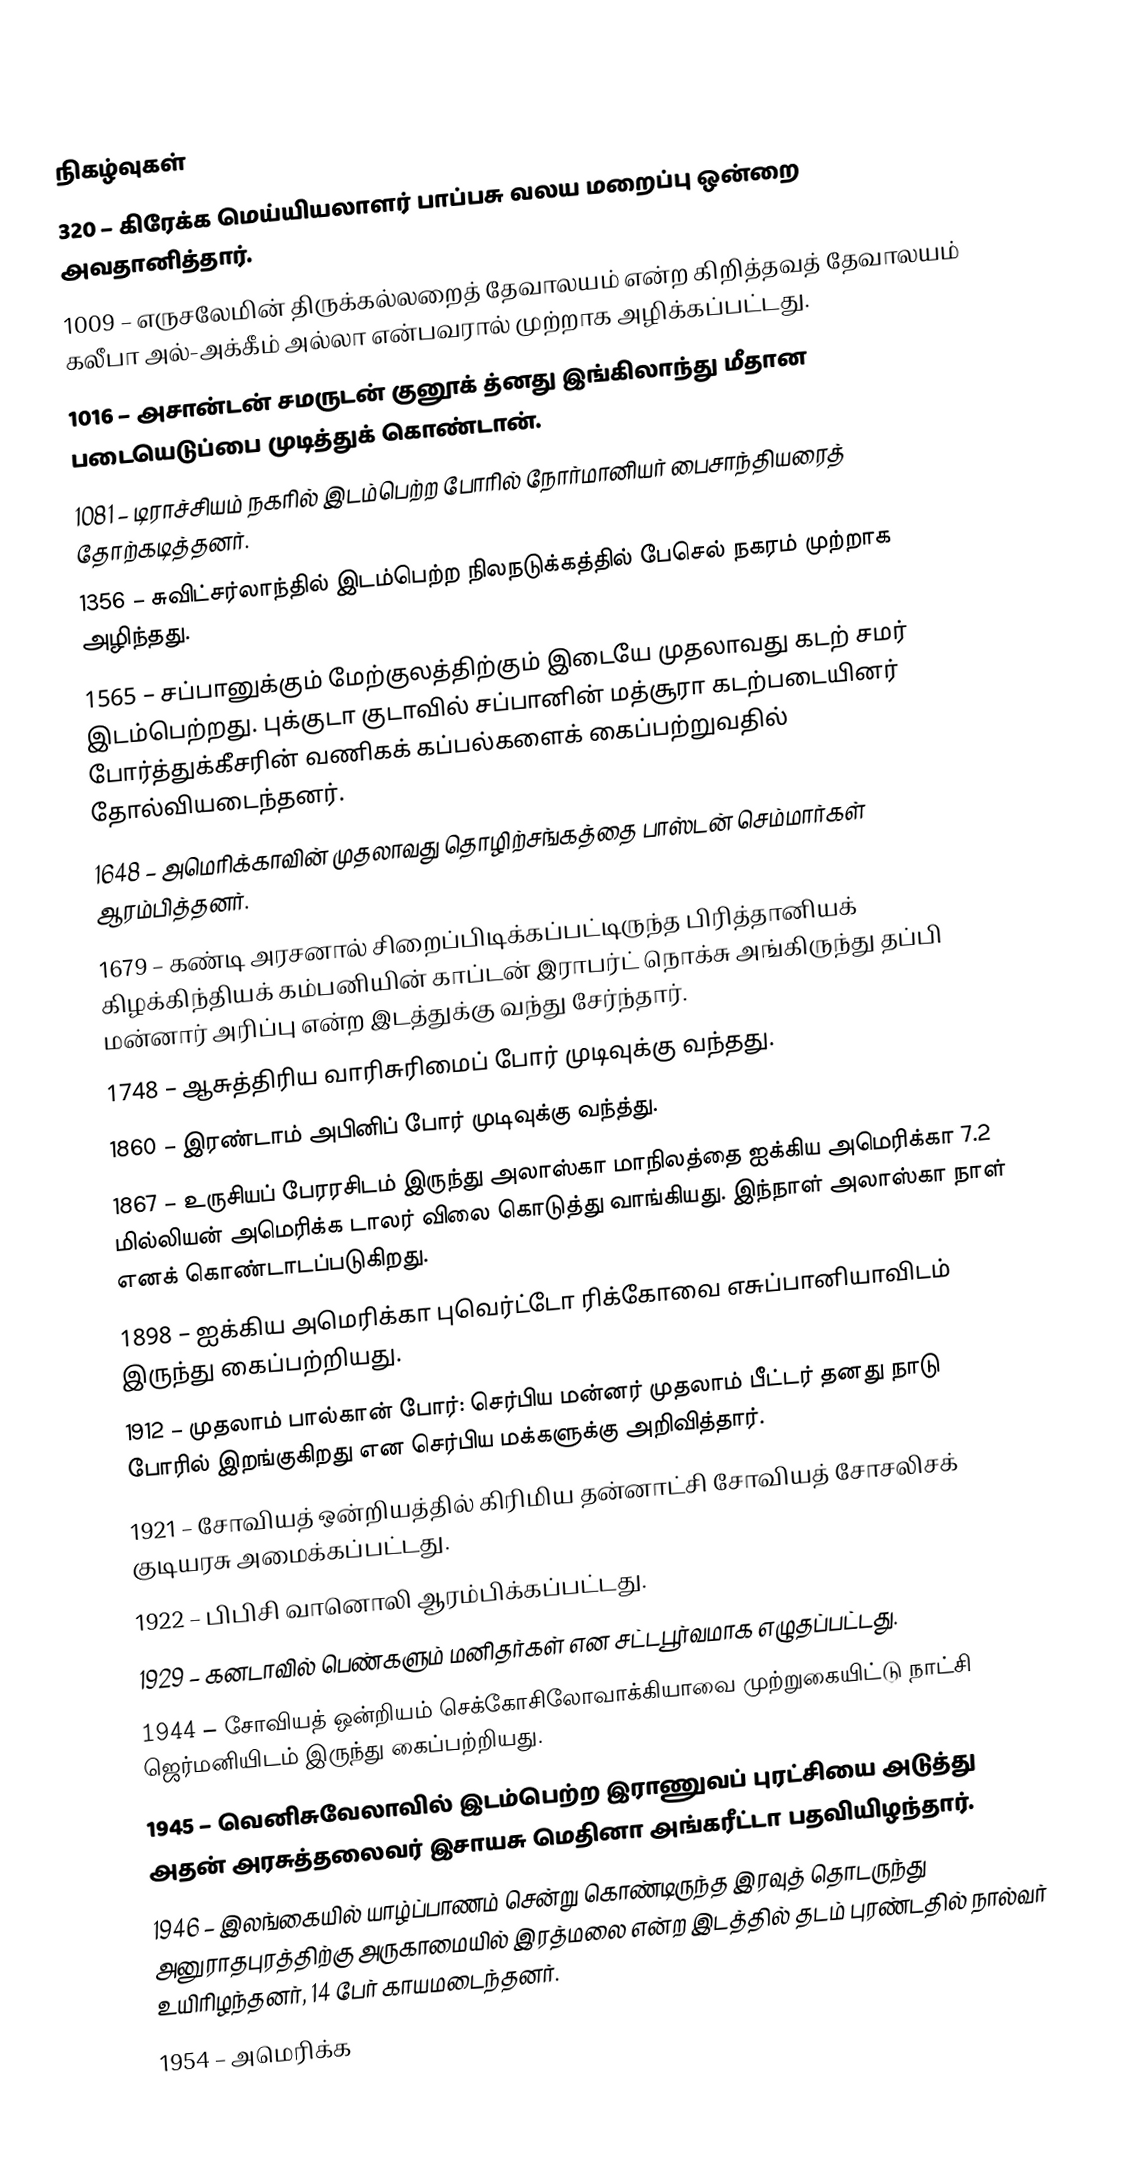

நிகழ்வுகள்
 320 – கிரேக்க மெய்யியலாளர் பாப்பசு வலய மறைப்பு ஒன்றை அவதானித்தார்.
1009 – எருசலேமின் திருக்கல்லறைத் தேவாலயம் என்ற கிறித்தவத் தேவாலயம் கலீபா அல்-அக்கீம் அல்லா என்பவரால் முற்றாக அழிக்கப்பட்டது.
1016 – அசான்டன் சமருடன் குனூக் த்னது இங்கிலாந்து மீதான படையெடுப்பை முடித்துக் கொண்டான்.
1081 – டிராச்சியம் நகரில் இடம்பெற்ற போரில் நோர்மானியர் பைசாந்தியரைத் தோற்கடித்தனர்.
1356 – சுவிட்சர்லாந்தில் இடம்பெற்ற நிலநடுக்கத்தில் பேசெல் நகரம் முற்றாக அழிந்தது.
1565 – சப்பானுக்கும் மேற்குலத்திற்கும் இடையே முதலாவது கடற் சமர் இடம்பெற்றது. புக்குடா குடாவில் சப்பானின் மத்சூரா கடற்படையினர் போர்த்துக்கீசரின் வணிகக் கப்பல்களைக் கைப்பற்றுவதில் தோல்வியடைந்தனர்.
1648 – அமெரிக்காவின் முதலாவது தொழிற்சங்கத்தை பாஸ்டன் செம்மார்கள் ஆரம்பித்தனர்.
1679 – கண்டி அரசனால் சிறைப்பிடிக்கப்பட்டிருந்த பிரித்தானியக் கிழக்கிந்தியக் கம்பனியின் காப்டன் இராபர்ட் நொக்சு அங்கிருந்து தப்பி மன்னார் அரிப்பு என்ற இடத்துக்கு வந்து சேர்ந்தார்.
1748 – ஆசுத்திரிய வாரிசுரிமைப் போர் முடிவுக்கு வந்தது.
1860 – இரண்டாம் அபினிப் போர் முடிவுக்கு வந்த்து.
1867 – உருசியப் பேரரசிடம் இருந்து அலாஸ்கா மாநிலத்தை ஐக்கிய அமெரிக்கா 7.2 மில்லியன் அமெரிக்க டாலர் விலை கொடுத்து வாங்கியது. இந்நாள் அலாஸ்கா நாள் எனக் கொண்டாடப்படுகிறது.
1898 – ஐக்கிய அமெரிக்கா புவெர்ட்டோ ரிக்கோவை எசுப்பானியாவிடம் இருந்து கைப்பற்றியது.
1912 – முதலாம் பால்கான் போர்: செர்பிய மன்னர் முதலாம் பீட்டர் தனது நாடு போரில் இறங்குகிறது என செர்பிய மக்களுக்கு அறிவித்தார்.
1921 – சோவியத் ஒன்றியத்தில் கிரிமிய தன்னாட்சி சோவியத் சோசலிசக் குடியரசு அமைக்கப்பட்டது.
1922 – பிபிசி வானொலி ஆரம்பிக்கப்பட்டது.
1929 – கனடாவில் பெண்களும் மனிதர்கள் என சட்டபூர்வமாக எழுதப்பட்டது.
1944 – சோவியத் ஒன்றியம் செக்கோசிலோவாக்கியாவை முற்றுகையிட்டு நாட்சி ஜெர்மனியிடம் இருந்து கைப்பற்றியது.
1945 – வெனிசுவேலாவில் இடம்பெற்ற இராணுவப் புரட்சியை அடுத்து அதன் அரசுத்தலைவர் இசாயசு மெதினா அங்கரீட்டா பதவியிழந்தார்.
1946 – இலங்கையில் யாழ்ப்பாணம் சென்று கொண்டிருந்த இரவுத் தொடருந்து அனுராதபுரத்திற்கு அருகாமையில் இரத்மலை என்ற இடத்தில் தடம் புரண்டதில் நால்வர் உயிரிழந்தனர், 14 பேர் காயமடைந்தனர்.
1954 – அமெரிக்க